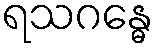
ရသဂန္ဓေ